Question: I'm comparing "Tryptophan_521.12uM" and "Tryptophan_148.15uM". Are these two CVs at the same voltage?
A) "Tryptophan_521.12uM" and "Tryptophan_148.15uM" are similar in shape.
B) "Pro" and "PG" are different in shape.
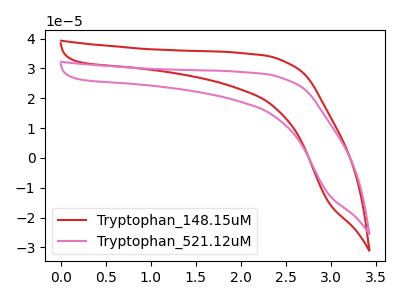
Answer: <think>The red curve "Tryptophan_148.15uM" has no peaks. The pink curve "Tryptophan_521.12uM" has no peaks.
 Neither "Tryptophan_521.12uM" or "Tryptophan_148.15uM" have any peaks.</think>
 <answer>A) "Tryptophan_521.12uM" and "Tryptophan_148.15uM" are similar in shape.</answer>
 <eval>A</eval>